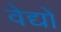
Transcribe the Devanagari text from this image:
वेद्यों